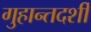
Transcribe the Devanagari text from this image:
गुहान्तदर्शी